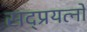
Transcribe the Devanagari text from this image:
सद्प्रयत्नों